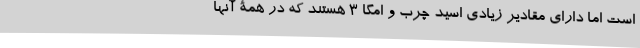
است اما دارای مقادیر زیادی اسید چرب و امگا 3 هستند که در همۀ آنها